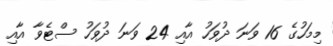
މިމަހުގެ 16 ވަނަ ދުވަހު އާއި 24 ވަނަ ދުވަހު ސްޓެވާ އާއި